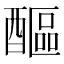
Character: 醧